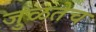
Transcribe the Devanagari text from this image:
जुळतेच